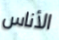
الأناس